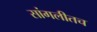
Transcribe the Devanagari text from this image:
सांगलीतच